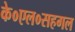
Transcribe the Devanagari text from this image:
के०एल०सहगल